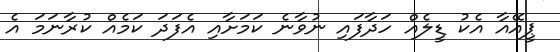
ޕީއޭއާ އެކު ޑީލެއް ހަދާފައި ނުވާނެ ކަމަށާއި އެފަދަ ކަމެއް ކުރާނަމަ އެ